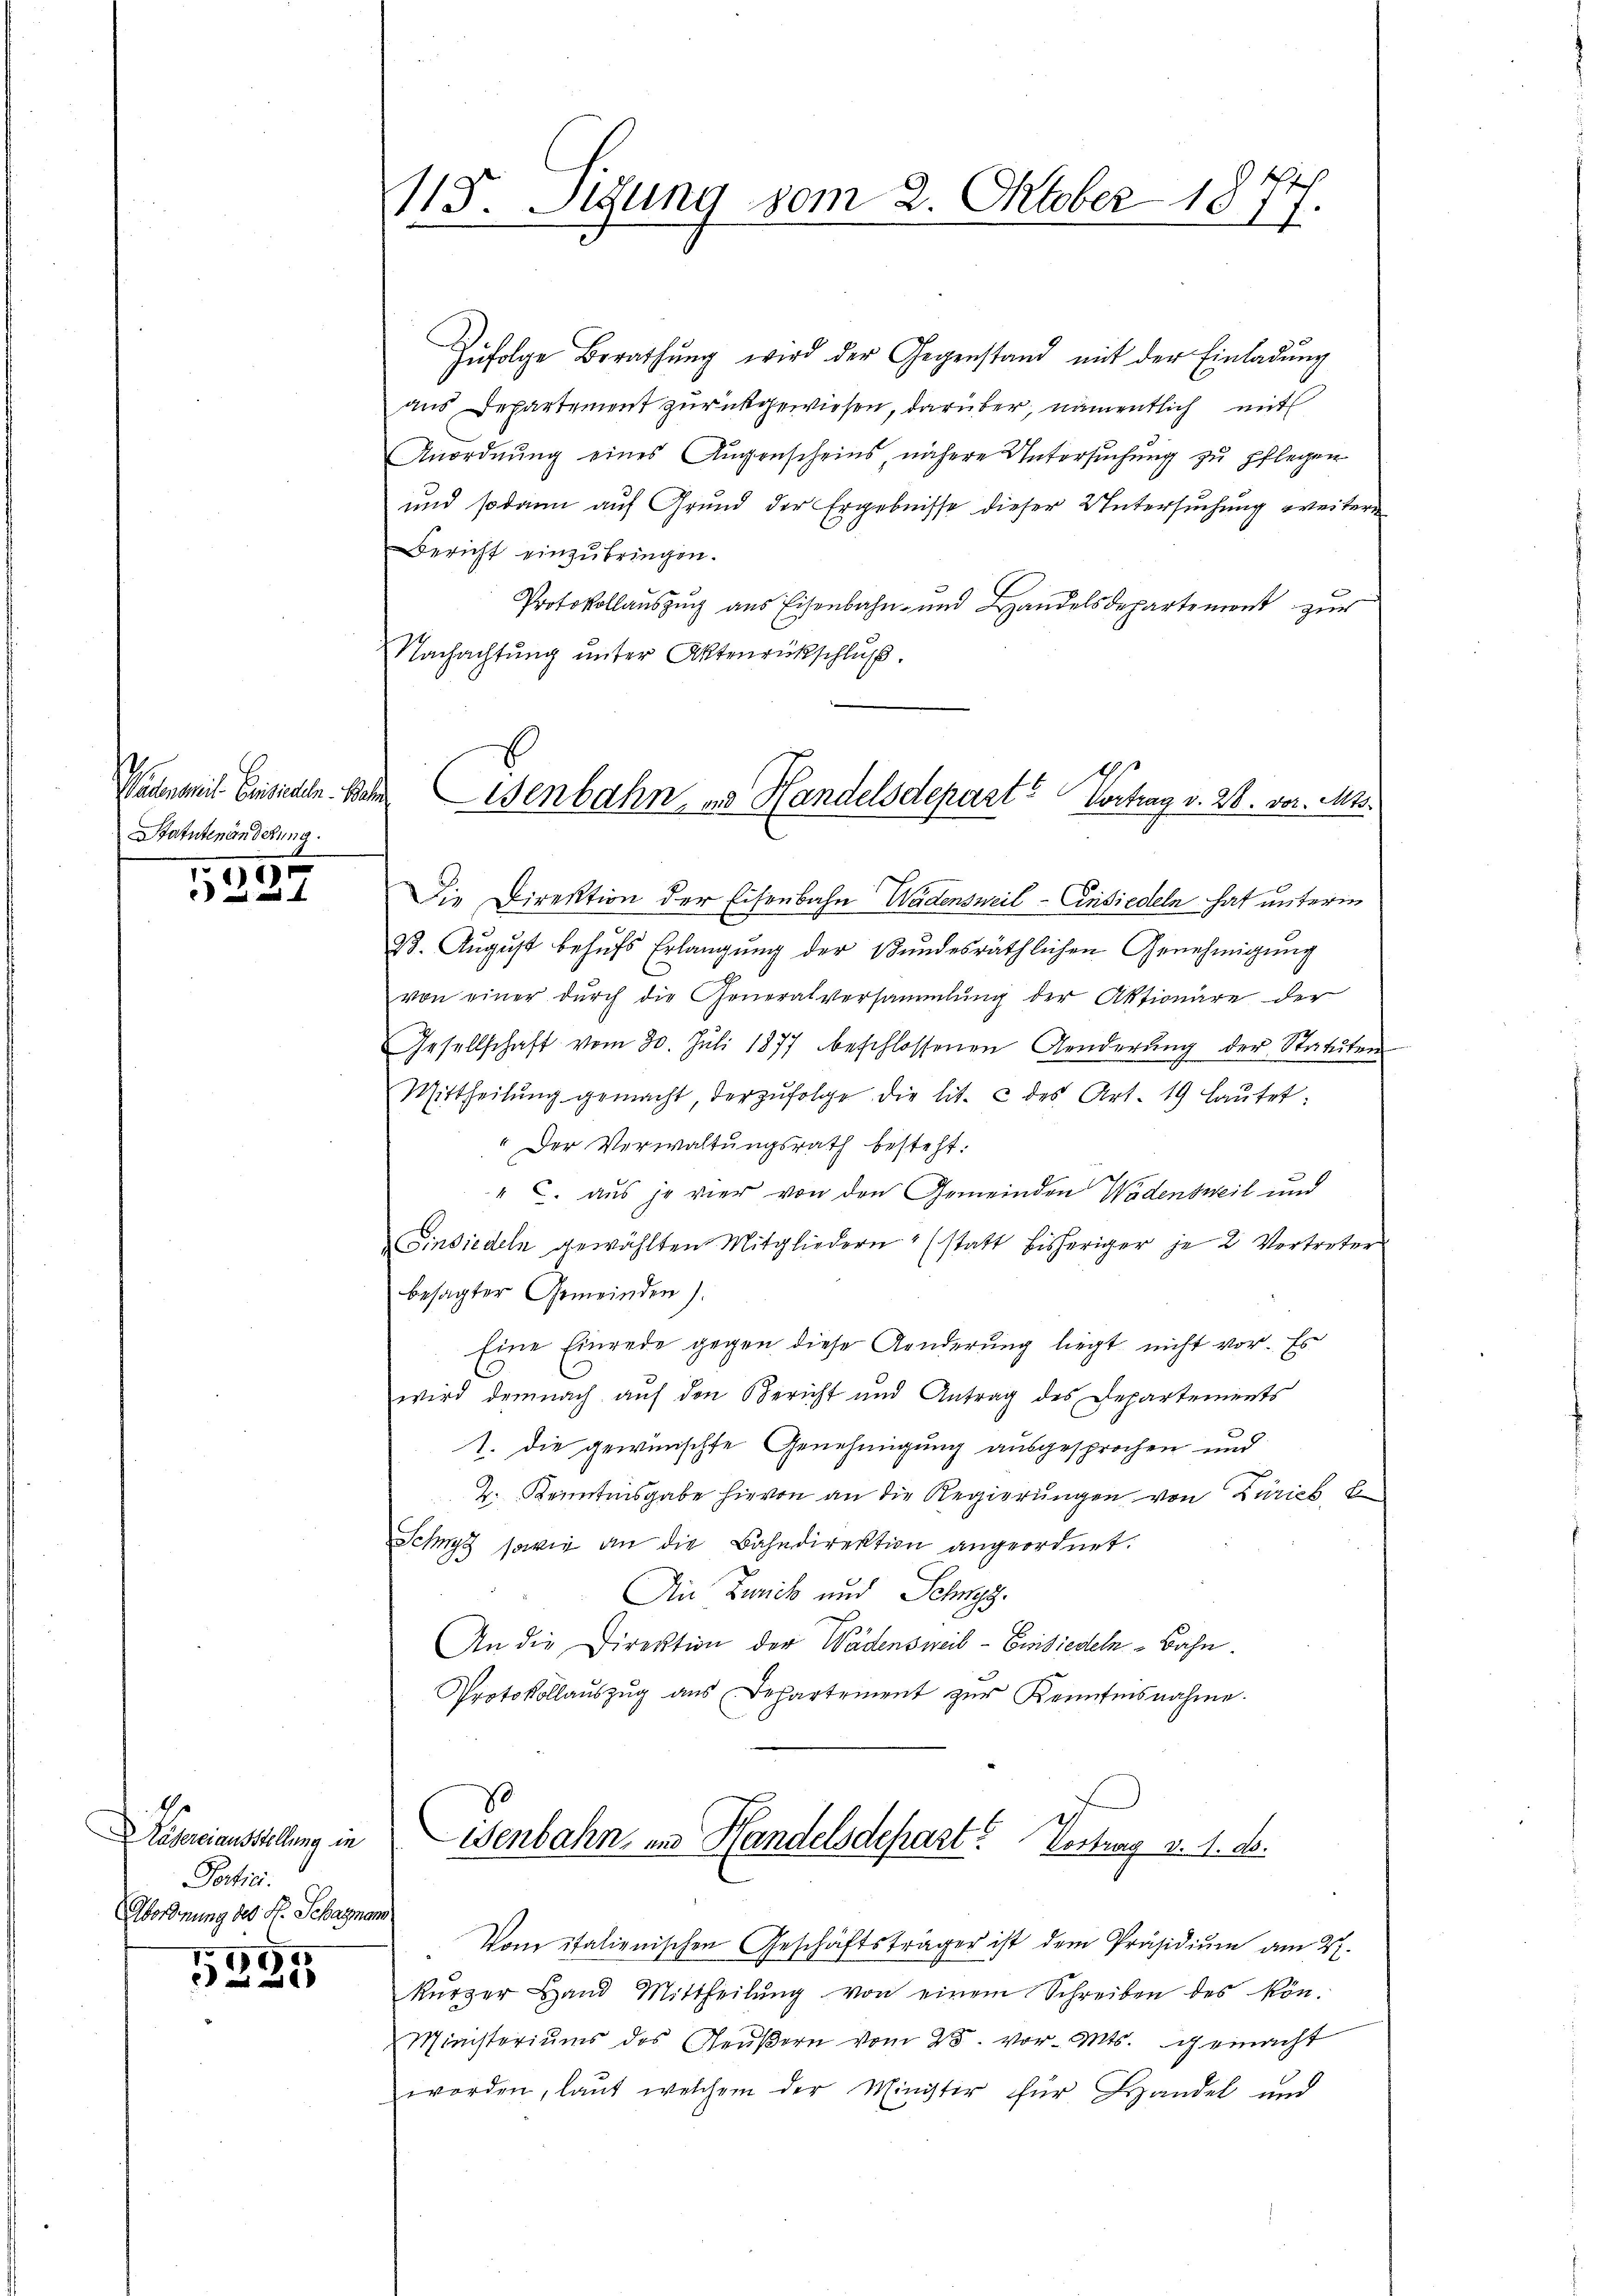
Peconomit Ereigneten. Be
Statutenänderung.

.
4

Dasereienstellung in
Partici
Abordnung des H. Schazna

9
 a und

113. Sigung vom 2. Oktober 1877

Zufolge Berathung wird der Gegenstand mit der Einladung
aus Departement zurückgewiesen, darüber, namentlich mit
Anordnung eines Augenscheins, nähere Untersuchung zu pflegen
und sodann aŭf Grŭnd der Ergebnisse dieser Untersŭchŭng weitere
Bericht einzubringen.
Protokollaŭszŭg aŭs Eisenbahn- und Handelsdepartement zŭr
Nachachtung unter Aktenrückschluß.
Die Direktion der Eisenbahn Wädensweil - Ansiedeln hat unterm
23. Aŭgŭst behŭfs Erlangŭng der Bŭndesräthlichen Genehmigŭng
von einer durch die Generalversammlung der Aktionäre der
Gesellschaft vom 30. Jŭli 1877 beschlossenen Aenderŭng der Statuten
Mittheilŭng gemacht derzŭfolge die lit. u des Art. 19 laŭtet:
" Der Verwaltungsrath besteht.
" u. aus je vier von den Gemeinden Wädensweil und
Einsiedeln gewählten Mitgliedern (statt bisheriger je 2 Vortreters
besagter Gemeinden).
Eine Einrede gegen diese Aenderung liegt nicht vor. Es
wird demnach auf den Bericht und Antrag des Departements
1. Die gewünschte Genehmigung ausgesprochen und
2. Kenntnisgabe hievon an die Regierungen von Zürich, be
Schwyz sowie an die Bahndirektion angeordnet.
An Zurick und Schwyz.
An die Direktion der Wädensweib - Einsiedeln - Bahn.
Protokollaŭszŭg ans Departement zŭr Kenntesnahme.

Im Eisenbahn und Handelsdepart? Vortrag v. 28. vor. Mts.

kürzer Land Mittheilŭng von einem Schreiben des kön-
Ministeriums des Aeußern vom 25. vor. Mts. gemacht
worden, laut welchem der Minister für Handel und

isenbahn im Handelsdepart. Vortrag d. 1. ds.
1779
Vom italienischen Geschäftsträger ist dem Präsidium am 27.